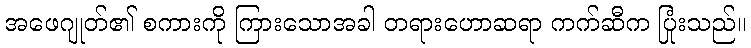
အဖေဂျုတ်၏ စကားကို ကြားသောအခါ တရားဟောဆရာ ကက်ဆီက ပြုံးသည်။